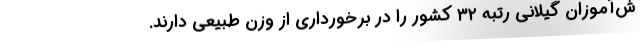
ش‌آموزان گیلانی رتبه ۳۲ کشور را در برخورداری از وزن طبیعی دارند.